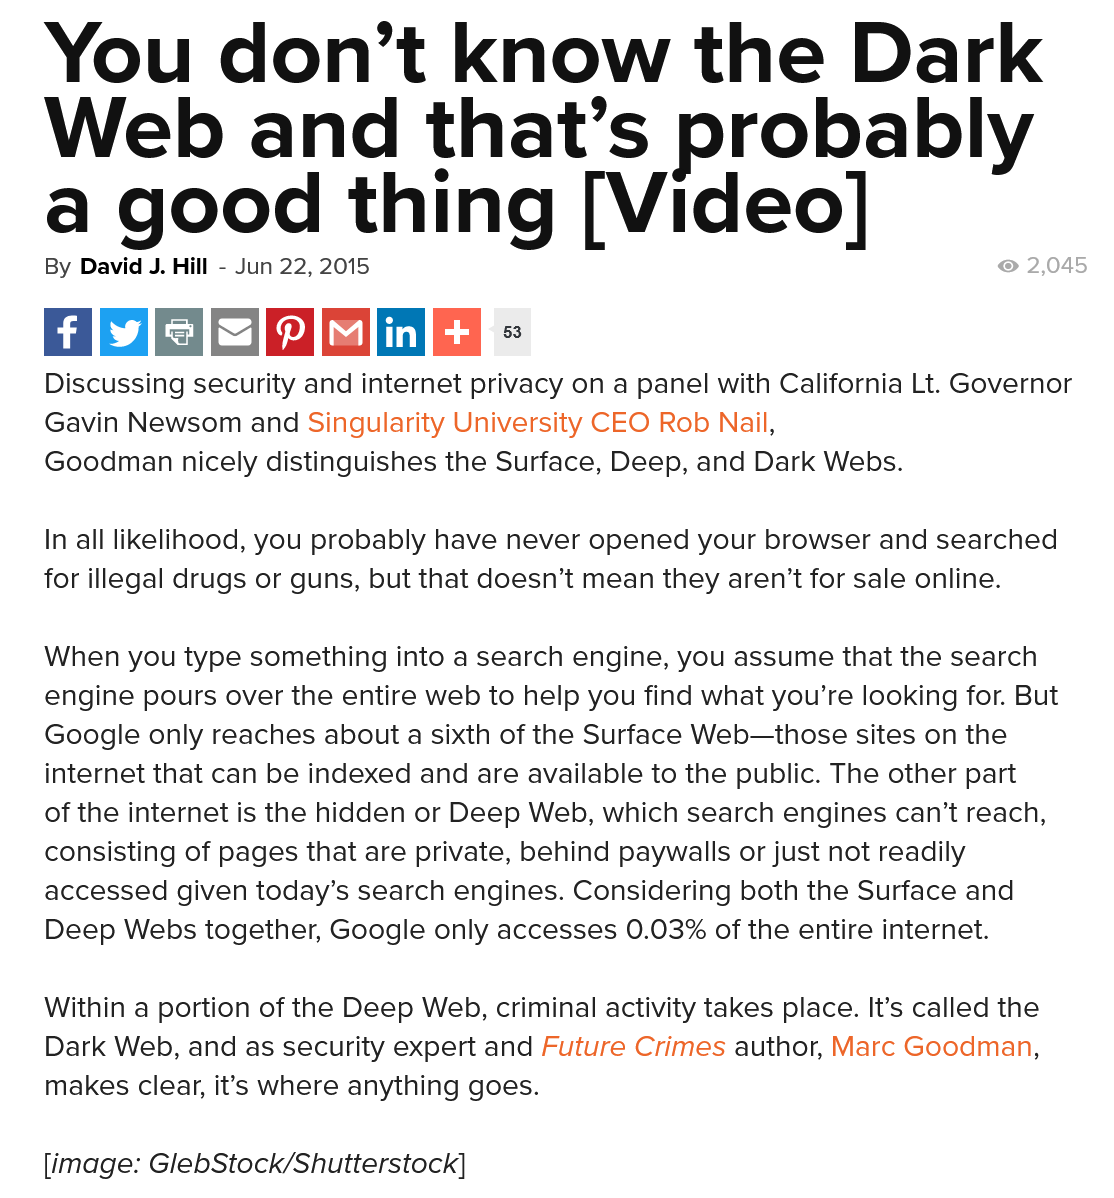
mmoeo
    Discussing security and internet privacy on a panel with California Lt. Governor
    Gavin Newsom and Singularity University CEO Rob Nail,
    Goodman nicely distinguishes the Surface, Deep, and Dark Webs.
    In all likelihood, you probably have never opened your browser and searched
   for illegal drugs or guns, but that doesn’t mean they aren’t for sale online.
    When you type something into a search engine, you assume that the search
    engine pours over the entire web to help you find what you’re looking for. But
    Google only reaches about a sixth of the Surface Web—those sites on the
    internet that can be indexed and are available to the public. The other part
    of the internet is the hidden or Deep Web, which search engines can’t reach,
    consisting of pages that are private, behind paywalls or just not readily
    accessed given today’s search engines. Considering both the Surface and
    Deep Webs together, Google only accesses 0.03% of the entire internet.
    Within a portion of the Deep Web, criminal activity takes place. It’s called the
    Dark Web, and as security expert and Future Crimes author, Marc Goodman,
    makes clear, it’s where anything goes.
    [image: GlebStock/Shutterstock]
   You    don’t    know    the    Dark
   Web    and    that’s    probably
    a    good    thing    [Video]
    By David J. Hill
     -
     Jun 22, 2015